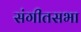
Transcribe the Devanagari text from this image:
संगीतसभा